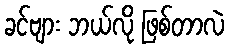
ခင်ဗျား ဘယ်လို ဖြစ်တာလဲ